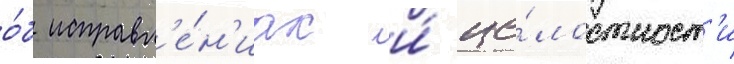
о́б исправл'е́н'иах и́ це́лостност'и